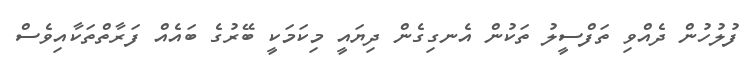
ފުލުހުން ދެއްވި ތަފްސީލު ތަކުން އެނގިގެން ދިޔައީ މިކަމަކީ ބޭރުގެ ބައެއް ފަރާތްތަކާއިވެސް